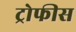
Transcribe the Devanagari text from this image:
ट्रोफीस